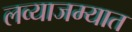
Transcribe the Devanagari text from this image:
लव्याजम्यात